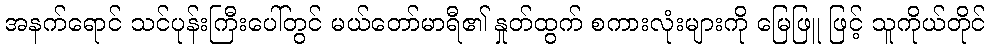
အနက်ရောင် သင်ပုန်းကြီးပေါ်တွင် မယ်တော်မာရီ၏ နှုတ်ထွက် စကားလုံးများကို မြေဖြူ ဖြင့် သူကိုယ်တိုင်